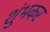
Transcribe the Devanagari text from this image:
शुंभकर